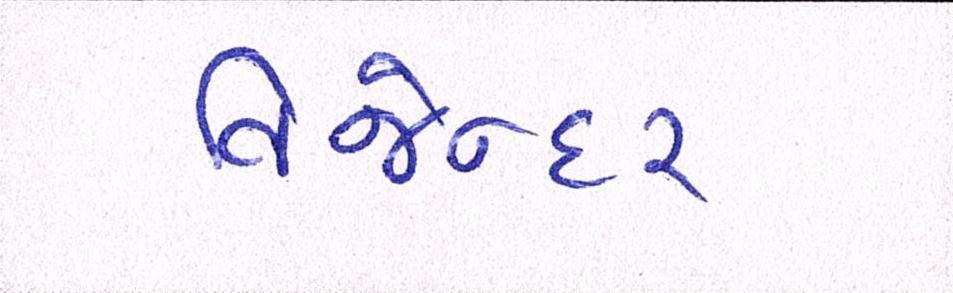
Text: વિજેન્દર